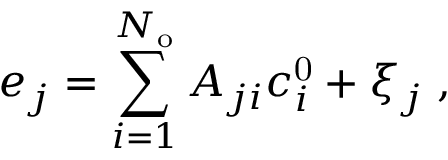
e _ { j } = \sum _ { i = 1 } ^ { { N _ { \mathrm { o } } } } A _ { j i } c _ { i } ^ { \mathrm { 0 } } + \xi _ { j } \; ,